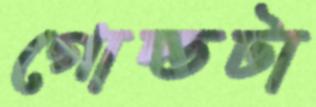
গোল্ডটা